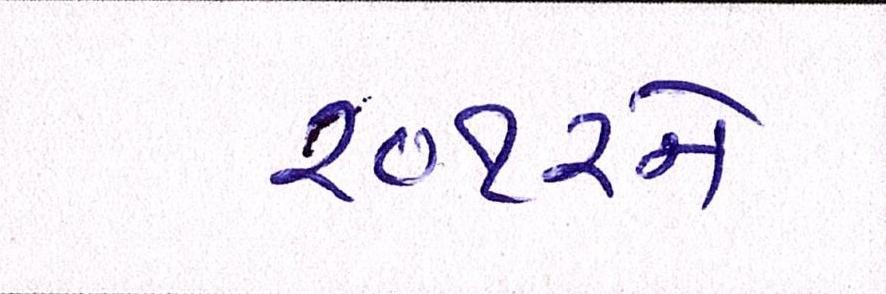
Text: ૨૦૧૨ને